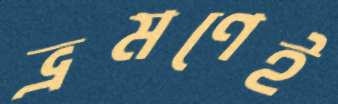
ভ্রমণেই